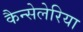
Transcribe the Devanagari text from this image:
कैन्सेलेरिया